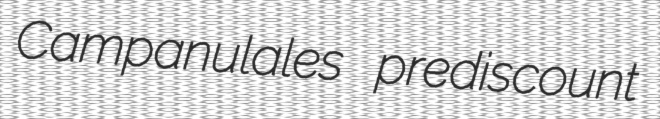
Campanulales prediscount